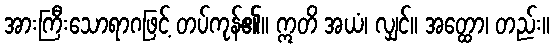
အားကြီးသောရာဂဖြင့် တပ်ကုန်၏။ ဣတိ အယံ၊ လျှင်။ အတ္ထော၊ တည်း။